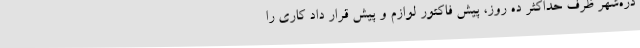
دره‌شهر ظرف حداکثر ده روز، پیش فاکتور لوازم و پیش قرار داد کاری را